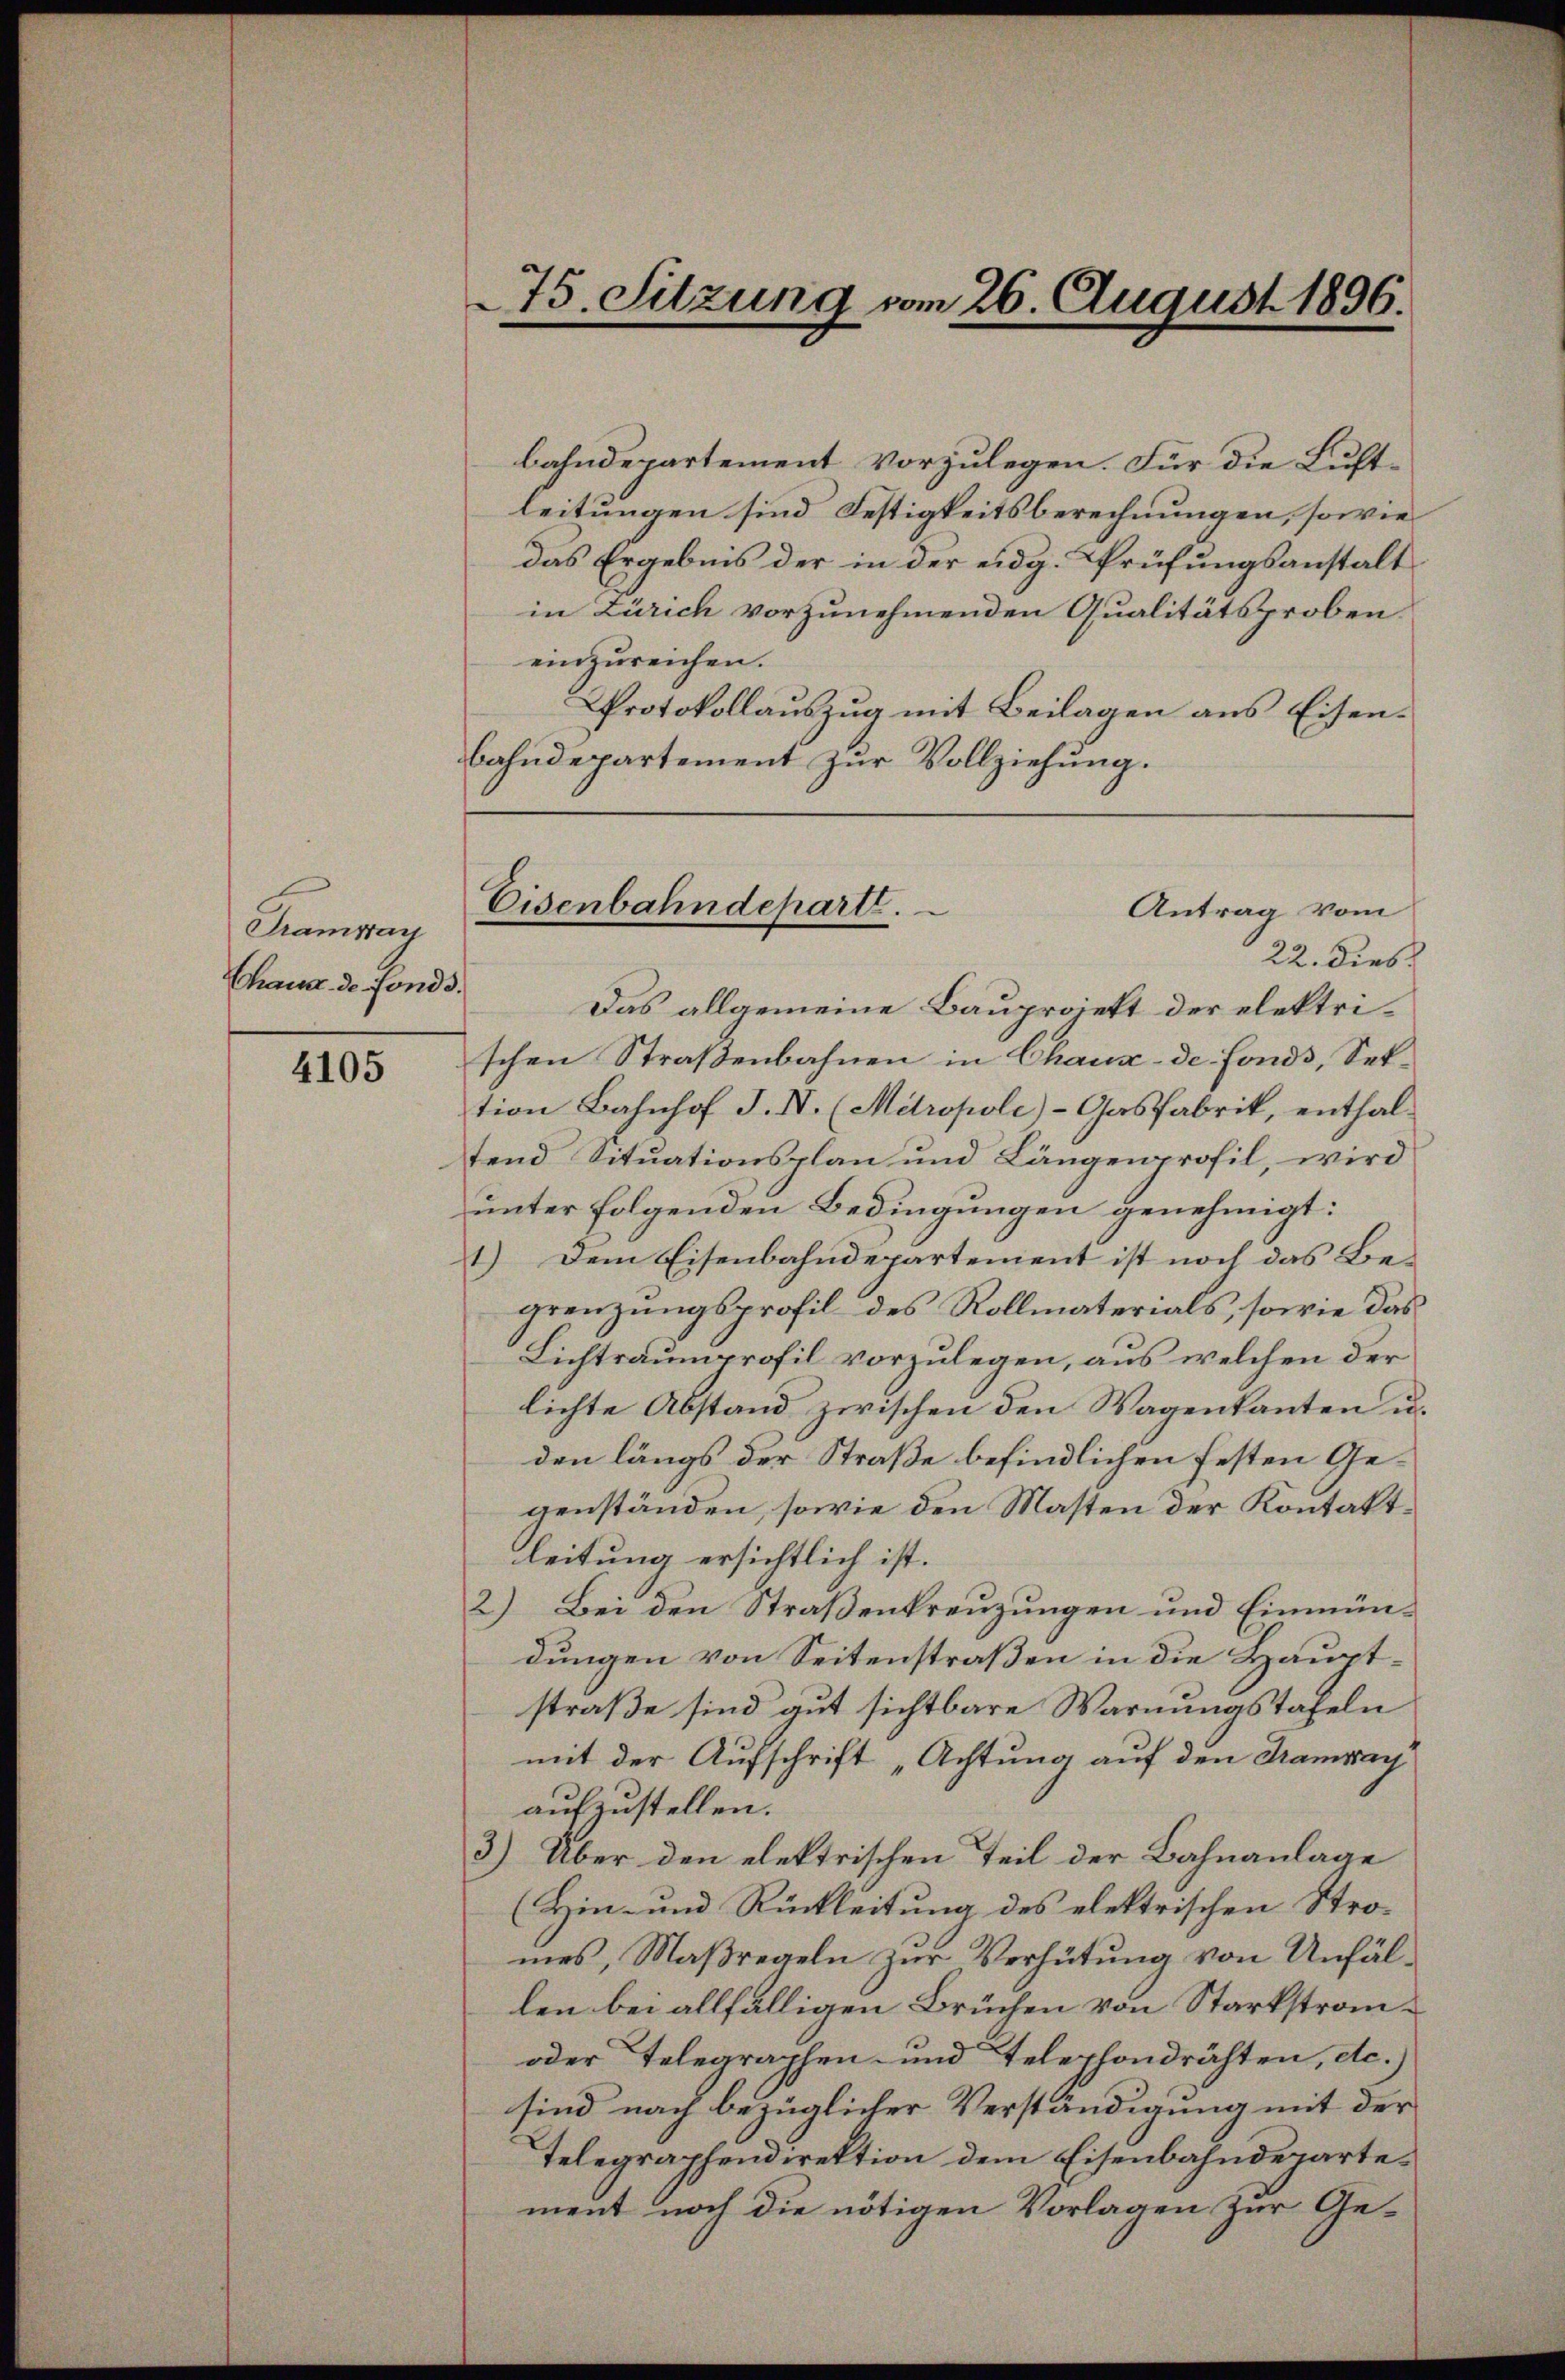
Tamway
(kann de fonds.

4105

bahndepartement vorzulegen. Für die Luftleitungen sind Festigkeitsberechnungen, sowie
das Ergebnis der in der eidg. Prüfungsanstalt
in Zürich vorzunehmenden Qualitätsproben.
einzureichen.
Protokollauszug mit Beilagen aus Eisenbahndepartement zur Vollziehung.
22. Dies
Das allgemeine Bauprojekt der elektrischen Straßenbahnen in Chaux-de fonds, Sektion Bahnhof I. I. (Mitropole)-Gasfabrik, enthaltend Situationsplan und Längenprofil, wird
unter folgenden Bedingungen genehmigt:
1.) Dem Eisenbahndepartement ist noch das Begrenzungsprofil des Rollmaterials, sowie das
Lichtraumprofil vorzulegen, aus welchen der
lichte Abstand zwischen den Wagenkanten u.
den längs der Straße befindlichen festen Gegenständen, sowie den Masten der Kontaktleitung ersichtlich ist.
2) Bei den Straßenkreuzungen und Einmündungen von Seitenstraßen in die Hauptstraße sind gut sichtbare Warnungstafeln
mit der Aufschrift „Achtung auf den Tramway
aufzustellen.
3) Über den elektrischen Teil der Bahnanlage
(Hin- und Rückleitung des elektrischen Stro-
mes, Maßregeln zur Verhütung von Unfällen bei allfälligen Brüchen von Starkstran¬
oder Telegraphen- und Telephondrähten, etc.)
sind nach bezüglicher Verständigung mit der
Telegraphendirektion dem Eisenbahndepartement noch die nötigen Vorlagen zur Ge¬

75. Sitzung vom 26. August 1896.

Eisenbahndepart.
Antrag vom